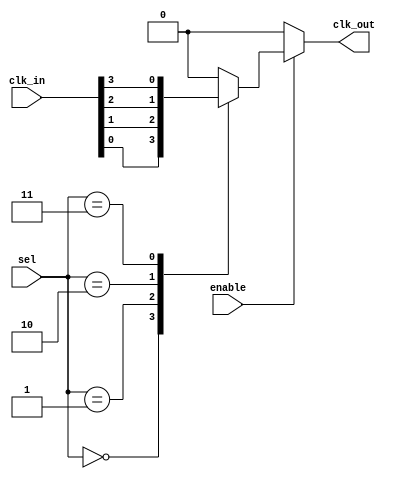
module clock_mux_buffer #(
    parameter NUM_CLOCKS = 4 // Number of clock inputs
)(
    input wire [NUM_CLOCKS-1:0] clk_in, // Multiple clock inputs
    input wire [NUM_CLOCKS-1:0] sel,     // Selection input (1-bit for each clock)
    input wire enable,                    // Enable signal
    output reg clk_out                    // Output clock
);

// Internal signal to hold the selected clock
reg selected_clk;

always @(*) begin
    // Default output to low when not enabled
    if (!enable) begin
        clk_out = 1'b0;
    end else begin
        // Multiplexer logic to select the appropriate clock based on sel
        case (sel)
            2'b00: selected_clk = clk_in[0];
            2'b01: selected_clk = clk_in[1];
            2'b10: selected_clk = clk_in[2];
            2'b11: selected_clk = clk_in[3];
            default: selected_clk = 1'b0; // Default case (should not happen)
        endcase
        // Assign the selected clock to the output
        clk_out = selected_clk;
    end
end

endmodule